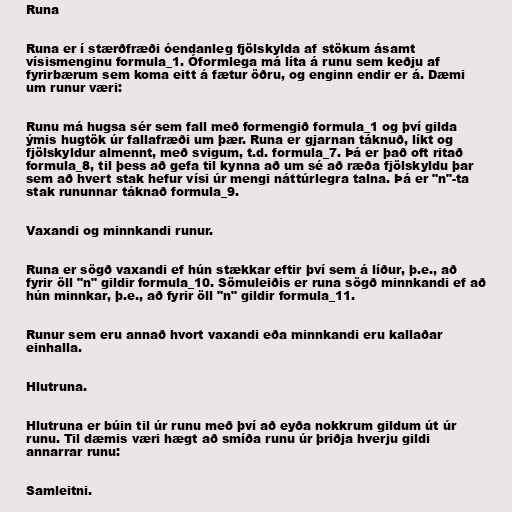
Runa

Runa er í stærðfræði óendanleg fjölskylda af stökum ásamt
vísismenginu formula_1. Óformlega má líta á runu sem keðju af
fyrirbærum sem koma eitt á fætur öðru, og enginn endir er á. Dæmi
um runur væri:

Runu má hugsa sér sem fall með formengið formula_1 og því gilda
ýmis hugtök úr fallafræði um þær. Runa er gjarnan táknuð, líkt og
fjölskyldur almennt, með svigum, t.d. formula_7. Þá er það oft ritað
formula_8, til þess að gefa til kynna að um sé að ræða fjölskyldu þar
sem að hvert stak hefur vísi úr mengi náttúrlegra talna. Þá er "n"-ta
stak rununnar táknað formula_9.

Vaxandi og minnkandi runur.

Runa er sögð vaxandi ef hún stækkar eftir því sem á líður, þ.e., að
fyrir öll "n" gildir formula_10. Sömuleiðis er runa sögð minnkandi ef að
hún minnkar, þ.e., að fyrir öll "n" gildir formula_11.

Runur sem eru annað hvort vaxandi eða minnkandi eru kallaðar
einhalla.

Hlutruna.

Hlutruna er búin til úr runu með því að eyða nokkrum gildum út úr
runu. Til dæmis væri hægt að smíða runu úr þriðja hverju gildi
annarrar runu:

Samleitni.